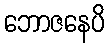
ဘောဇနေပိ